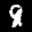
Label: 8